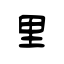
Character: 里